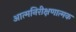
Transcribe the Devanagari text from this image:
आत्मनिरीक्षणात्मक